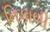
નિકાળી